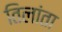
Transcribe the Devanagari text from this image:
तिलांता